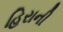
હિરાની